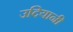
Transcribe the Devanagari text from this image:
उदियानी